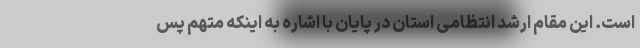
است. این مقام ارشد انتظامی استان در پایان با اشاره به اینکه متهم پس